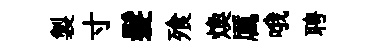
製寸髮飱煥厲哦聘